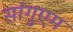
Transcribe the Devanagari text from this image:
सांगुएम